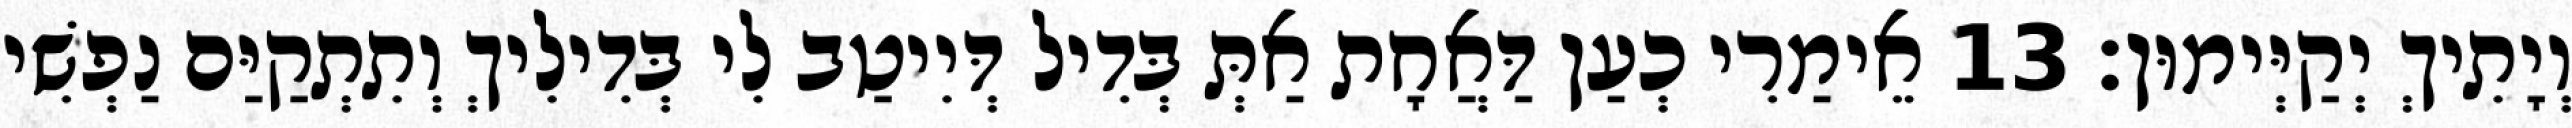
וְיָתִיךְ יְקַיְּימוּן׃ 13 אֵימַרִי כְעַן דַּאֲחָת אַתְּ בְּדִיל דְּיִיטַב לִי בְּדִילִיךְ וְתִתְקַיַּם נַפְשִׁי